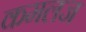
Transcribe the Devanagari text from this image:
कमलज